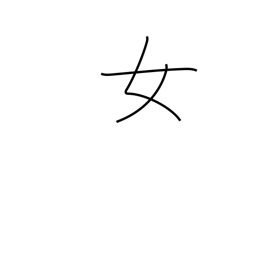
Meaning: woman